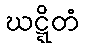
ဃဋ္ဋိတံ